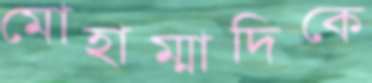
মোহাম্মাদিকে